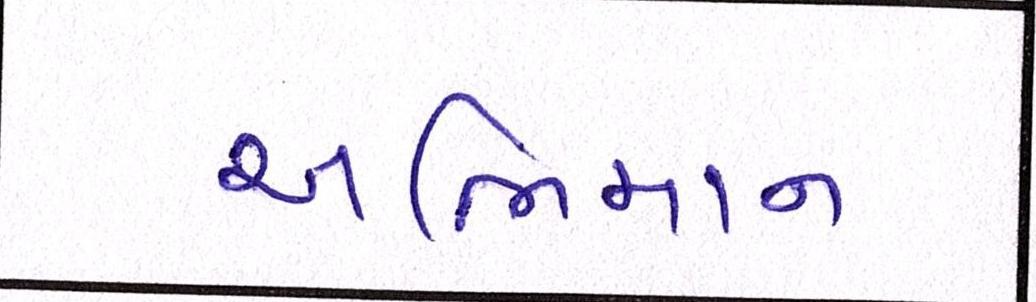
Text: અભિમાન